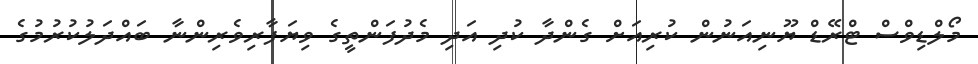
މޯލްޑިވްސް ޓްރޭޑް ޔޫނިއަނުން ކުރިއަށް ގެންދާ ކުދި އަދި މެދުފަންތީގެ ވިޔަފާރިވެރިންނާ ބައްދަލުކުރުމުގެ